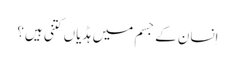
اِنسان کے جسم میں ہڈیاں کتنی ہیں؟